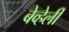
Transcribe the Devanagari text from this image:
बेव्हेर्ली